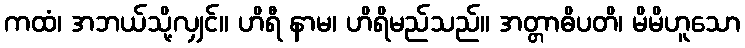
ကထံ၊ အဘယ်သို့လျှင်။ ဟိရီ နာမ၊ ဟိရိမည်သည်။ အတ္တာဓိပတိ၊ မိမိဟူသော